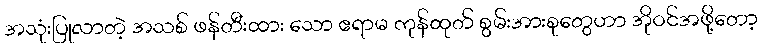
အသုံးပြုလာတဲ့ အသစ် ဖန်တီးထား သော ဧရာမ ကုန်ထုတ် စွမ်းအားစုတွေဟာ အိုဝင်အဖို့တော့